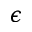
\epsilon